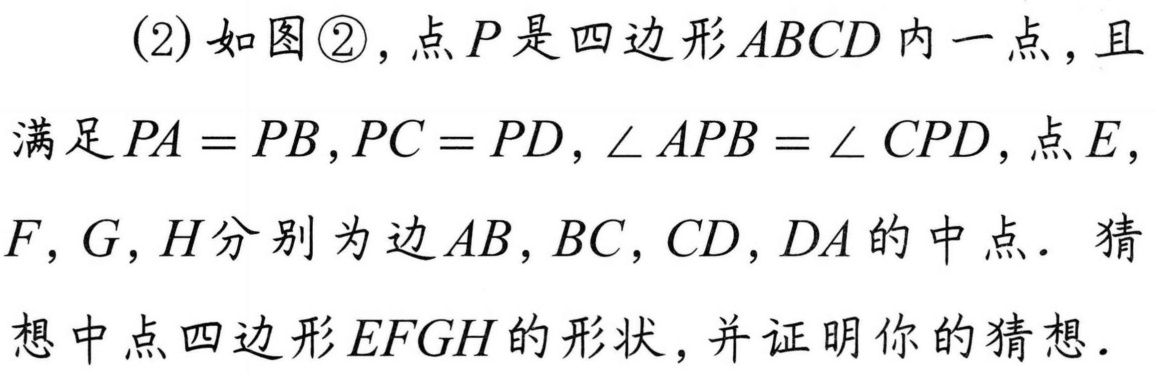
(2)如图\textcircled{2}，点\(P\)是四边形\(ABCD\)内一点，且满足\(PA = PB,PC = PD,\angle APB=\angle CPD\)，点\(E\)，\(F\)，\(G\)，\(H\)分别为边\(AB\)，\(BC\)，\(CD\)，\(DA\)的中点. 猜想中点四边形\(EFGH\)的形状，并证明你的猜想.